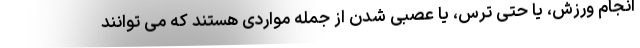
انجام ورزش، یا حتی ترس، یا عصبی شدن از جمله مواردی هستند که می توانند